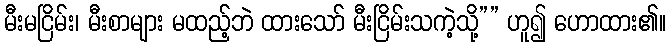
မီးမငြိမ်း၊ မီးစာများ မထည့်ဘဲ ထားသော် မီးငြိမ်းသကဲ့သို့”” ဟူ၍ ဟောထား၏။